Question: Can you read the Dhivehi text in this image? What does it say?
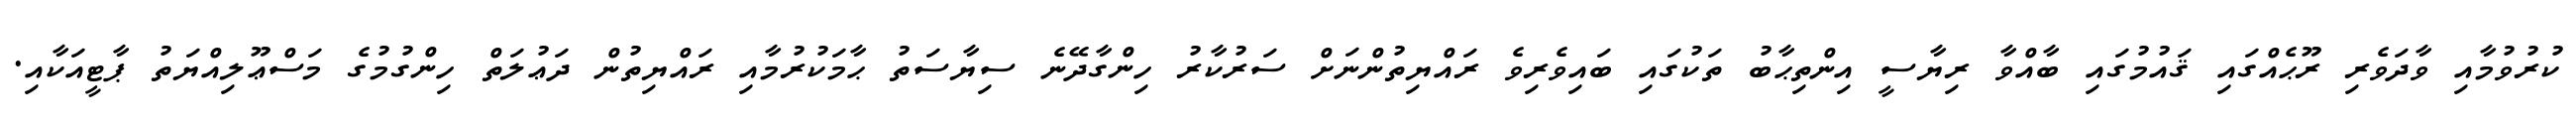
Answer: ކުރުވުމާއި ވާދަވެރި ރޫޙެއްގައި ޤައުމުގައި ބާއްވާ ރިޔާސީ އިންތިޙާބު ތަކުގައި ބައިވެރިވެ ރައްޔިތުންނަށް ސަރުކާރު ހިންގާދޭނެ ސިޔާސަތު ޙާމަކުރުމާއި ރައްޔިތުން ދަޢުލަތް ހިންގުމުގެ މަސްޢޫލިއްޔަތު ޕާޓީއަކާއި.